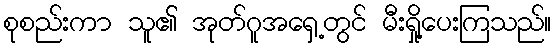
စုစည်းကာ သူ၏ အုတ်ဂူအရှေ့တွင် မီးရှို့ပေးကြသည်။